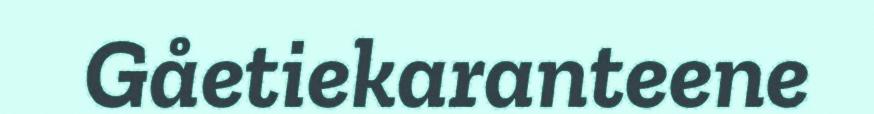
Gåetiekaranteene